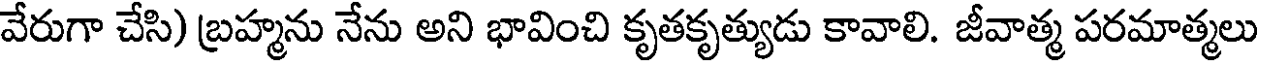
వేరుగా చేసి) బ్రహ్మను నేను అని భావించి కృతకృత్యుడు కావాలి. జీవాత్మ పరమాత్మలు